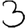
Digit: 3